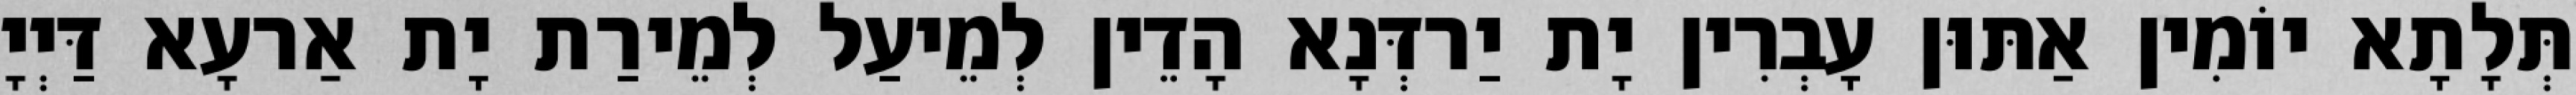
תְּלָתָא יוֹמִין אַתּוּן עָבְרִין יָת יַרדְּנָא הָדֵין לְמֵיעַל לְמֵירַת יָת אַרעָא דַּיְיָ